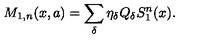
M _ { 1 , n } ( x , a ) = \sum _ { \delta } \eta _ { \delta } Q _ { \delta } S _ { 1 } ^ { n } ( x ) .